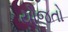
યોજતો